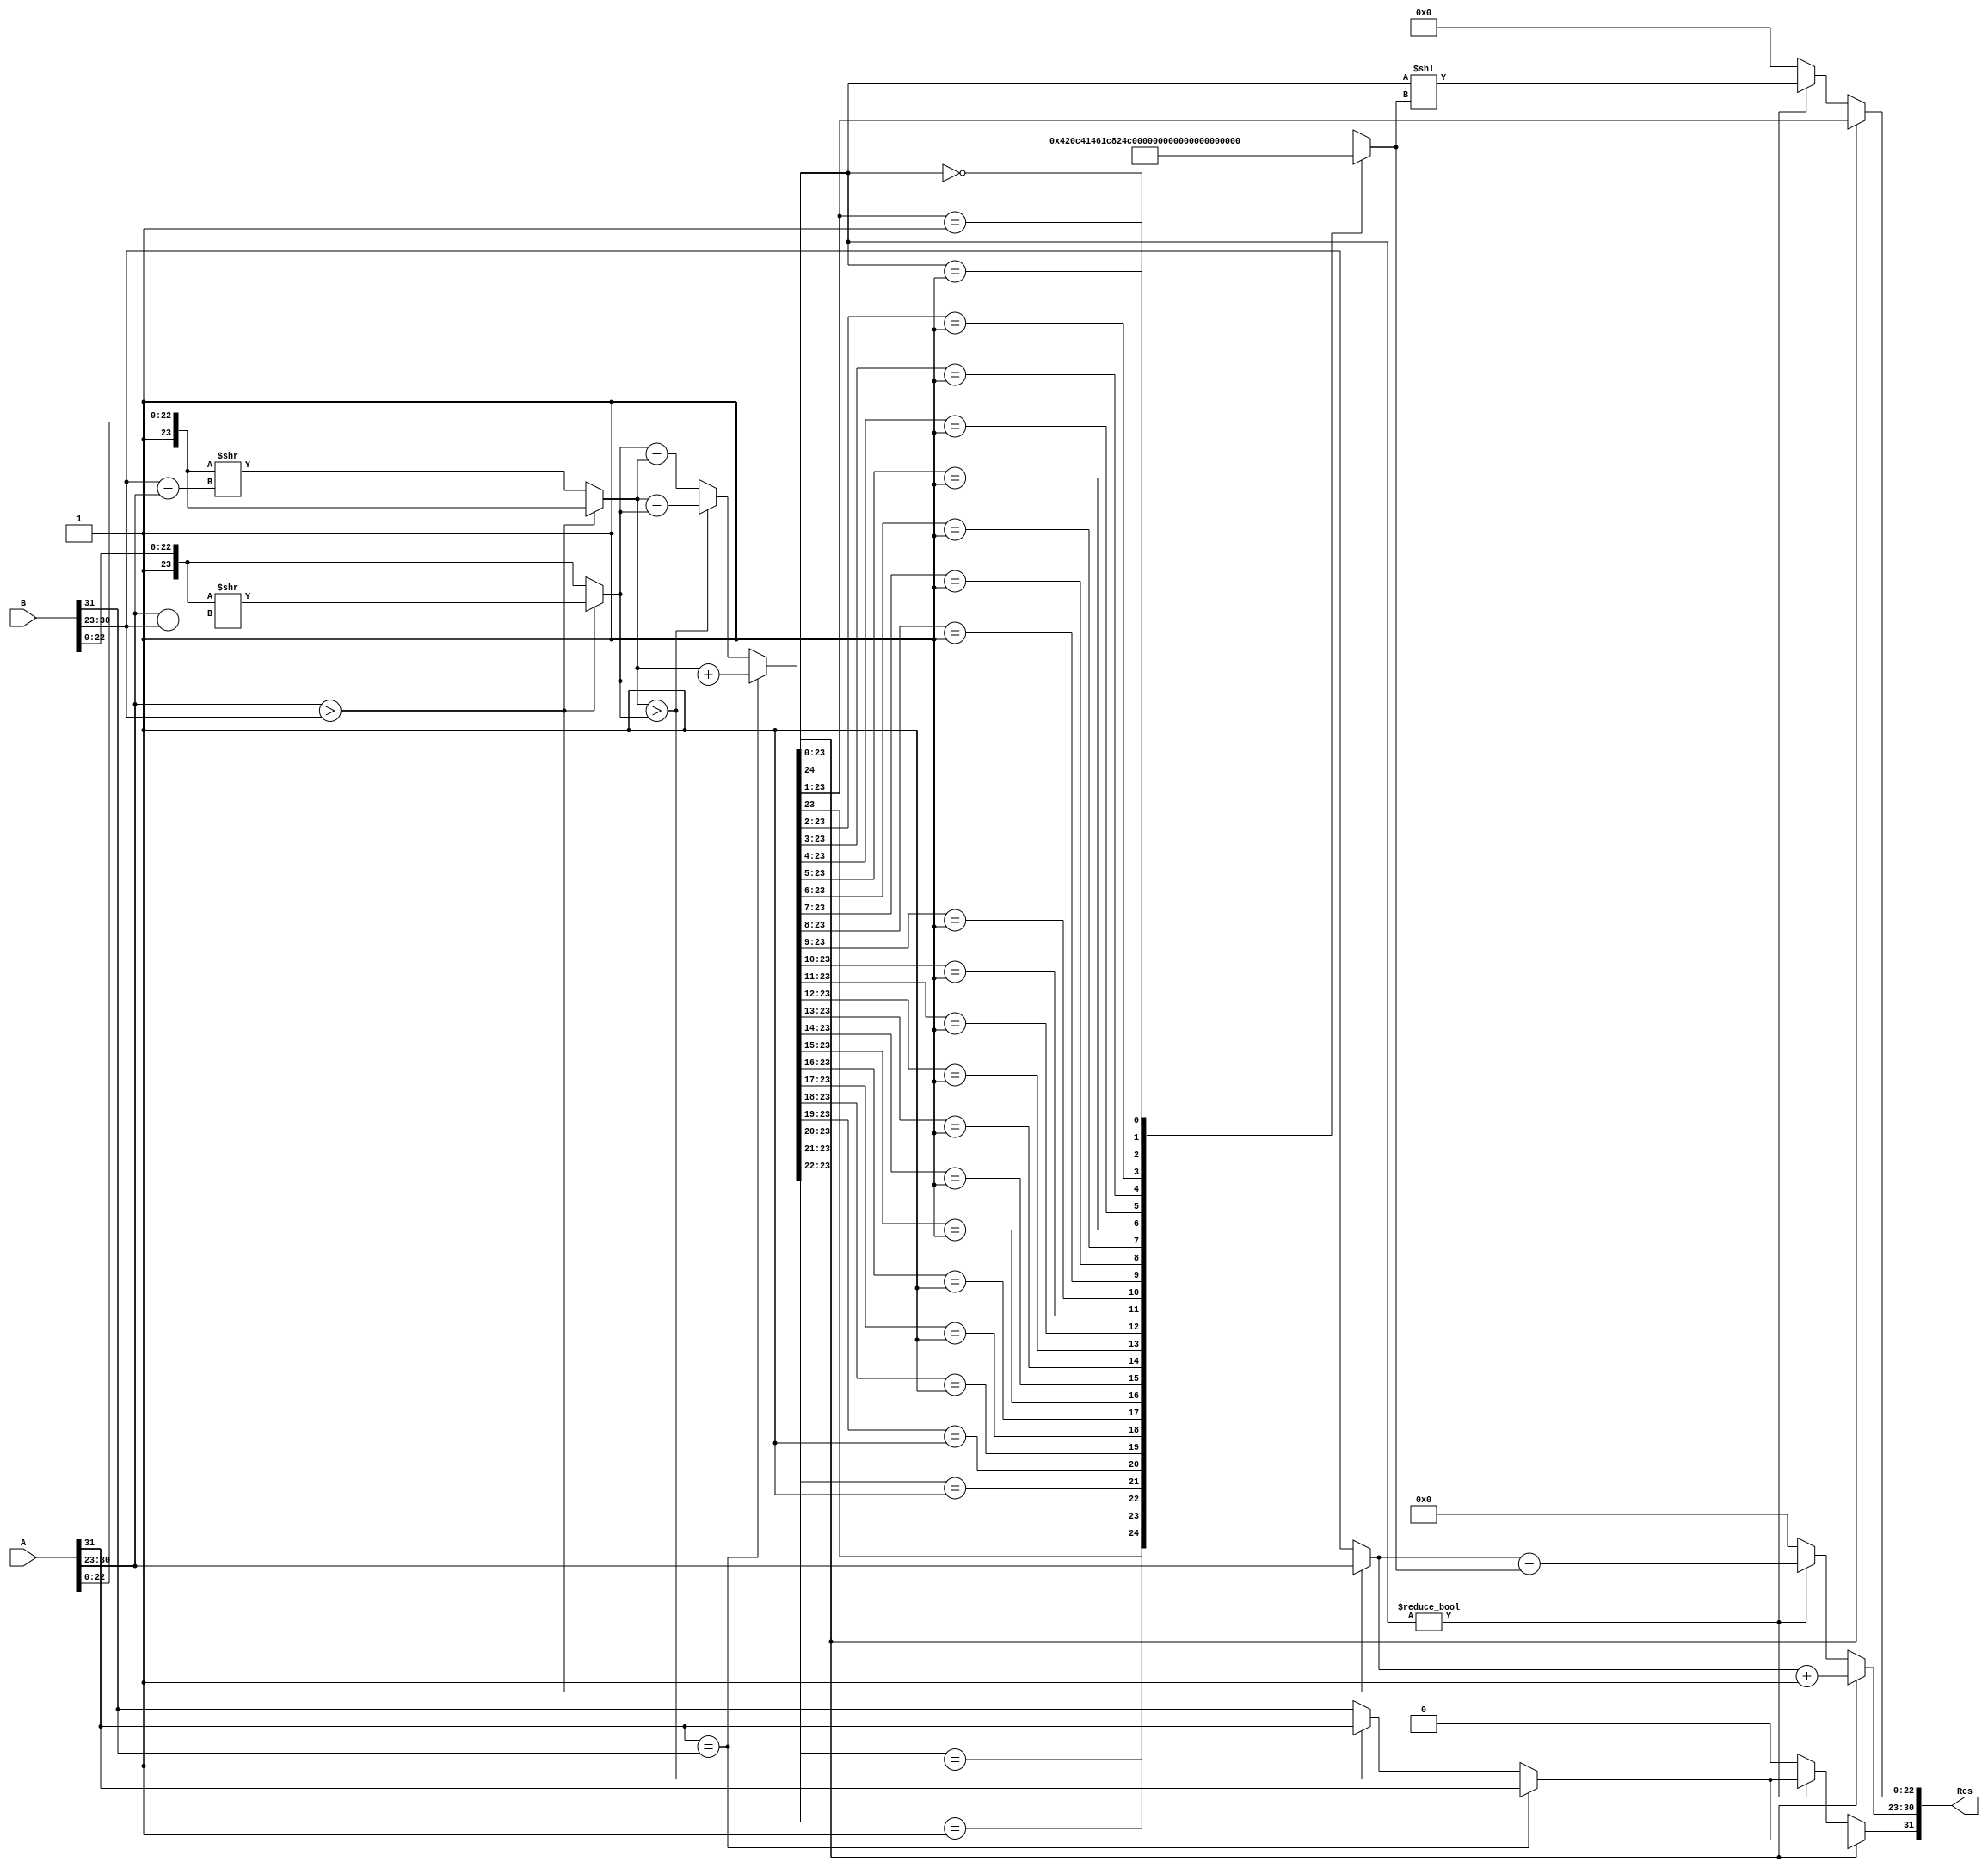
`timescale 1ns / 1ps
//////////////////////////////////////////////////////////////////////////////////
// Company: 
// Engineer: 
// 
// Design Name: 
// Module Name: waste
// Project Name: 
// Target Devices: 
// Tool Versions: 
// Description: 
// 
// Dependencies: 
// 
// Revision:
// Revision 0.01 - File Created
// Additional Comments:
// 
//////////////////////////////////////////////////////////////////////////////////


module adder(A,B,Res);

input [31:0] A,B;
output reg [31:0] Res;

reg sign_a,sign_b,sign_res;
reg [7:0] exp_a,exp_b,exp_res;
reg [23:0] frac_a,frac_b,frac_res;
reg [24:0] frac_temp;
reg [7:0] exp_diff;
reg [23:0] test;
reg [5:0] zero_count;

always @(*)
begin
    //Unpacking A
    sign_a = A[31];
    exp_a = A[30:23];
    frac_a = {1'b1,A[22:0]};
    
    //Unpacking B
    sign_b = B[31];
    exp_b = B[30:23];
    frac_b = {1'b1,B[22:0]};
    
 
    
    //Exponent Difference
    if (exp_a > exp_b)
    begin
        exp_diff = exp_a - exp_b;
        frac_b = frac_b >> exp_diff;
        exp_res = exp_a;
    end
    else
    begin
        exp_diff = exp_b - exp_a;
        frac_a = frac_a >> exp_diff;
        exp_res = exp_b;
    end
    
    //Significant calculation
    if (sign_a == sign_b)
    begin
        frac_temp = frac_a + frac_b;
        sign_res = sign_a;
    end
    else
    begin
        if (frac_a > frac_b)
        begin
            frac_temp <= frac_a - frac_b;
            sign_res <= sign_a;
        end
        else
        begin
            frac_temp = frac_b - frac_a;
            sign_res = sign_b;
        end
    end
    casex(frac_temp[23:0])
            24'b1XXXXXXXXXXXXXXXXXXXXXXX: zero_count = 0;
            24'b01XXXXXXXXXXXXXXXXXXXXXX: zero_count = 1;
            24'b001XXXXXXXXXXXXXXXXXXXXX: zero_count = 2;
            24'b0001XXXXXXXXXXXXXXXXXXXX: zero_count = 3;
            24'b00001XXXXXXXXXXXXXXXXXXX: zero_count = 4;
            24'b000001XXXXXXXXXXXXXXXXXX: zero_count = 5;
            24'b0000001XXXXXXXXXXXXXXXXX: zero_count = 6;
            24'b00000001XXXXXXXXXXXXXXXX: zero_count = 7;
            24'b000000001XXXXXXXXXXXXXXX: zero_count = 8;
            24'b0000000001XXXXXXXXXXXXXX: zero_count = 9;
            24'b00000000001XXXXXXXXXXXXX: zero_count = 10;
            24'b000000000001XXXXXXXXXXXX: zero_count = 11;
            24'b0000000000001XXXXXXXXXXX: zero_count = 12;
            24'b00000000000001XXXXXXXXXX: zero_count = 13;
            24'b000000000000001XXXXXXXXX: zero_count = 14;
            24'b0000000000000001XXXXXXXX: zero_count = 15;
            24'b00000000000000001XXXXXXX: zero_count = 16;
            24'b000000000000000001XXXXXX: zero_count = 17;
            24'b0000000000000000001XXXXX: zero_count = 18;
            24'b00000000000000000001XXXX: zero_count = 19;
            24'b000000000000000000001XXX: zero_count = 20;
            24'b0000000000000000000001XX: zero_count = 21;
            24'b00000000000000000000001X: zero_count = 22;
            24'b000000000000000000000001: zero_count = 23;
            24'b000000000000000000000000: zero_count = 24;
            default : zero_count = 0;
    endcase
   
   
    
    //Renormalising
    if(frac_temp[24])
    begin
        frac_res = frac_temp[24:1];
        exp_res = exp_res + 1;
    end
    else
        begin
        frac_res = frac_temp[23:0];
        
        if (frac_res != 0)
            begin
                test = frac_res;
                frac_res = frac_res << zero_count;
                exp_res = exp_res - zero_count;
            end
        else
        begin
            sign_res = 0;
            exp_res = 8'h00;
            frac_res = 24'h000000;
        end
        end
       
    
    Res = {sign_res,exp_res,frac_res[22:0]};
end
endmodule